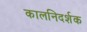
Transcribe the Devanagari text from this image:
कालनिदर्शक